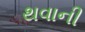
થવાની